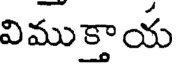
విముక్తాయ